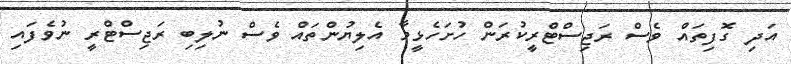
އަދި ގޮފިތައް ވެސް ރަޖިސްޓްރީކުރަން ހުށަހެޅީމާ އެލިޔުންތައް ވެސް ނުލިބި ރަޖިސްޓްރީ ނުވެފައި